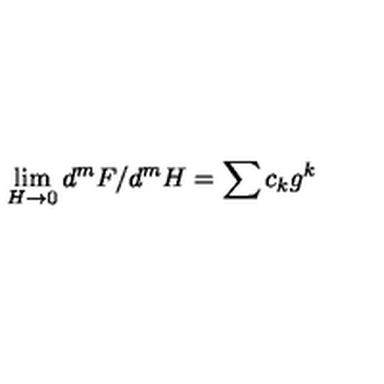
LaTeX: \lim _ { H \rightarrow 0 } d ^ { m } F / d ^ { m } H = \sum c _ { k } g ^ { k }